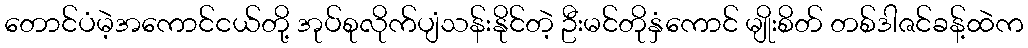
တောင်ပံမဲ့အကောင်ငယ်တို့ အုပ်စုလိုက်ပျံသန်းနိုင်တဲ့ ဦးမင်တိုနှံကောင် မျိုးစိတ် တစ်ဒါဇင်ခန့်ထဲက